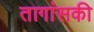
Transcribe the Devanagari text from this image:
तागांसकी